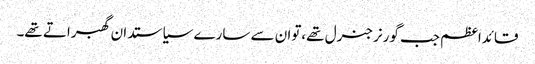
قائداعظم جب گورنرجنرل تھے،توان سے سارے سیاستدان گھبراتے تھے۔